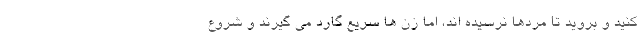
کنید و بروید تا مردها نرسیده اند، اما زن ها سریع گارد می گیرند و شروع